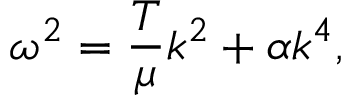
\omega ^ { 2 } = { \frac { T } { \mu } } k ^ { 2 } + \alpha k ^ { 4 } ,